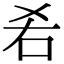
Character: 𠯌